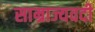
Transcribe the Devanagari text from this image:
साम्राज्यवदी